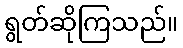
ရွတ်ဆိုကြသည်။